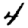
Digit: 4